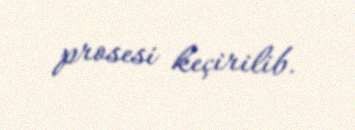
prosesi keçirilib.